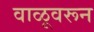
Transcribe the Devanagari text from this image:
वाळूवरून